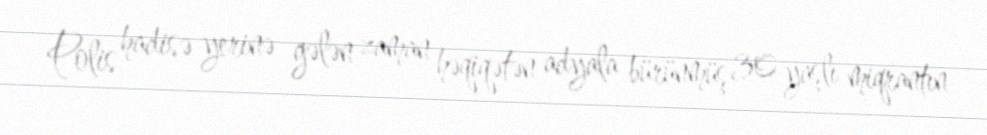
Polis hadisə yerinə gələn zaman həqiqətən adyala bürünmüş 30 yaşlı miqrantın